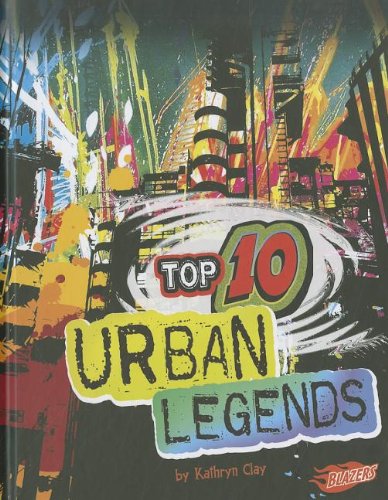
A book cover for Top 10 Urban Legends (Top 10 Unexplained); Kathryn Clay; Humor & Entertainment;